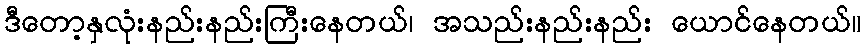
ဒီတော့နှလုံးနည်းနည်းကြီးနေတယ်၊ အသည်းနည်းနည်း ယောင်နေတယ်။